Annual report of the Bengal Veterinary College and of the Civil Veterinary Department, Bengal, for the year 1914-1915 - 1914-1915
Year: 1914
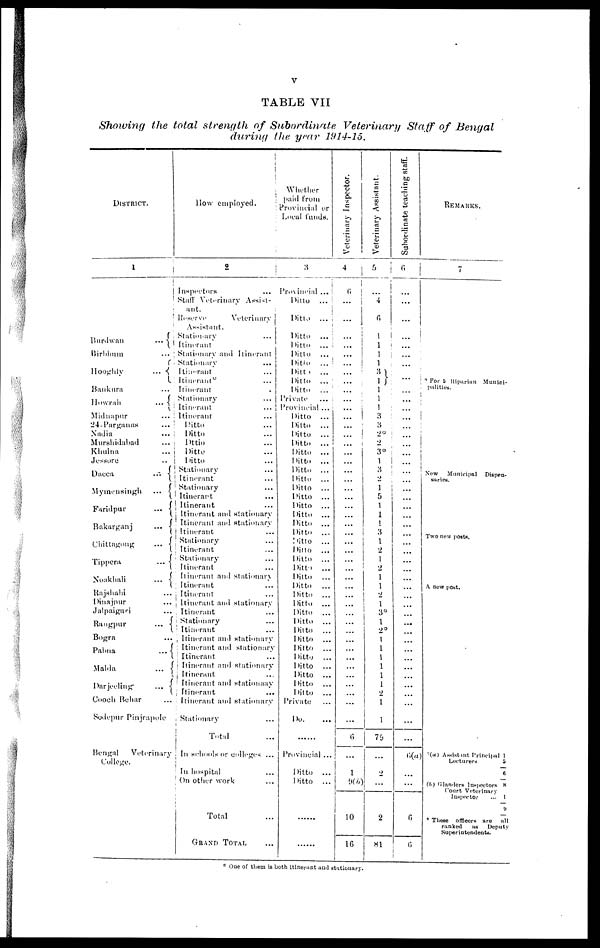
V
TABLE VII
Showing the total strength of Subordinate Veterinary Staff of Bengal
during the year 1914-15.
DISTRICT.
1
Burdwan
...
Buirbhum ...
Hoogly
...
Bankura ...
Howrah
...
Midnapur
...
24-Parganas
...
Nadia
...
Murshidabad
...
Khulna
...
Jessore
..
Dacca ...
Dacca
...
Mymensingh
...
Faridpur
...
Bakarganj
...
Chittagong
...
Tippera
...
Noakhali
...
Rajshahi ...
Dinajpur ...
Jalpaiguri ...
Rangpur
...
Bogra ...
Pabna
...
Malda
...
Darjeeling
...
Cooch Behar ...
Sodepur Pinjrapole
Bengal
Veterinary
College.
How employed.
2
Inspectors ...
Staff Veterinary Assist-
ant.
Reserve
Veterinary
Assistant.
Stationary ...
Itinerant
Stationary and Itinerant
Stationary
...
Itinerant ...
Itinerant* ...
Itinerant ...
Stationary ...
Itinerant ...
Itinerant ...
Ditto ...
Ditto ...
Dttio ...
Ditto ...
Ditto ...
Stationary ...
Itinerant ...
Stationary ...
Itinerant ...
Itinerant ...
Itinerant and stationary
Itinerant and stationary
Itinerant ...
Stationary ...
Itinerant ...
Stationary ...
Itinerant ...
Itinerant and stationary
Itinerant ...
Itinerant ...
Itinerant and stationary
Itinerant ...
Stationary ..
Itinerant ...
Itinerant and stationary
Itinerant and stationary
Itinerant ...
Itinerant and stationary
Itinerant ...
Itinerant and stationary
Itinerant ...
Itinerant and stationary
Stationary ...
Total ...
In schools or Colleges ...
In hospital ...
On other work ...
Total ...
GRAND TOTAL ...
Whether
paid from
Provincial or
Local funds.
3
Provincial ...
Ditto
...
Ditto
...
Ditto
...
Ditto
...
Ditto
...
Ditto
...
Ditto
...
Ditto
...
Ditto
...
Private
...
Provincial ...
Ditto
...
Ditto
...
Ditto
...
Ditto
...
Ditto
...
Ditto
...
Ditto
...
Ditto
...
Ditto
...
Ditto
...
Ditto
...
Ditto
...
Ditto
...
Ditto
...
Ditto
...
Ditto
...
Ditto
...
Ditto
...
Ditto
...
Ditto
...
Ditto
...
Ditto
...
Ditto
...
Ditto
...
Ditto
...
Ditto
...
Ditto
...
Ditto
...
Ditto
...
Ditto
...
Ditto
...
Ditto
...
Private ...
Do. ...
......
Provincial ...
Ditto
...
Ditto
...
.......
......
Veterinary Inspector.
4
6
...
...
...
...
...
...
...
...
......
...
...
...
...
...
...
...
...
...
...
...
...
...
...
...
...
...
...
...
...
...
...
...
...
...
...
...
...
...
...
...
...
...
...
...
6
...
1
9(b)
10
16
Veterinary Assistant.
5
...
4
6
1
1
1
1
3 1
1
1
1
3
3
2*
2
3*
1
3
1
5
1
1
1
3
1
2
1
2
1
1
2
1
3*
1
2*
1
1
1
1
1
1
2
1
1
79
...
2
...
2
81
Subordinate teaching staff.
6
...
...
...
...
...
...
...
...
...
...
...
...
...
...
...
...
...
...
...
...
...
...
...
...
...
...
...
...
...
...
...
...
...
...
...
...
...
...
...
...
...
...
...
...
...
...
...
6(a)
...
...
6
6
REMARKS.
7
For 5 Riparian Munici-
palities.
New
Municipal
Dispen-
saries.
Two new posts.
A new post.
*(a)
Assistant Principal 1
Lecturers
5
6
(b) Glanders Inspectors 8
Court Veterinary
Inspector
... 1
9
* These officers are
all
ranked
as
Deputy
Superintendents.
* One of them is both itinerant and stationary.